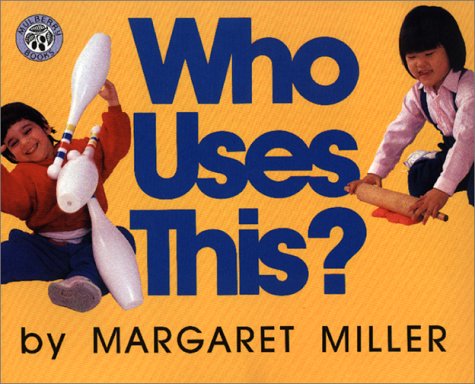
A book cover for Who Uses This?; Margaret Miller; Business & Money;